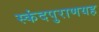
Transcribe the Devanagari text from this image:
स्कंदपुराणयह